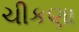
ચીકણા